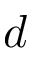
d